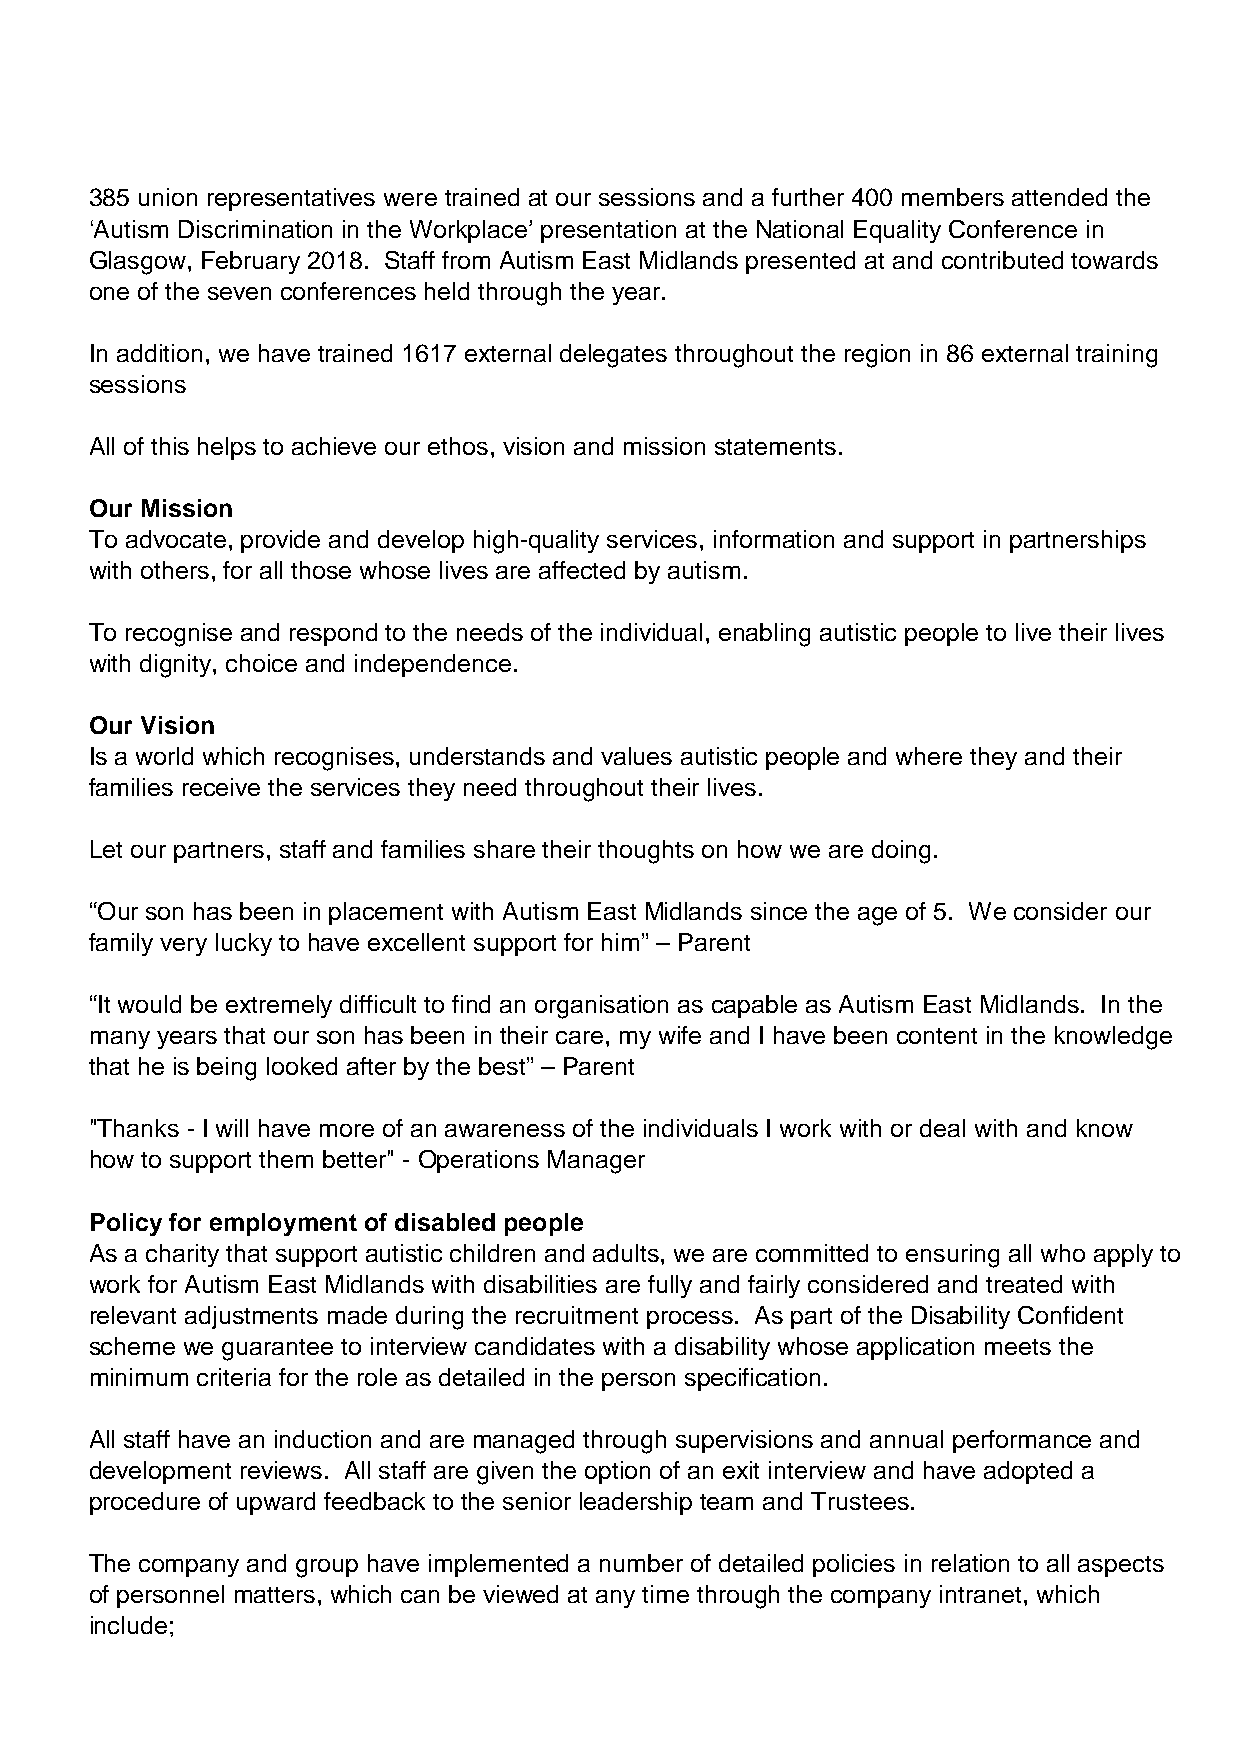
385 union representatives were trained at our sessions and a further 400 members attended the
 ‘Autism Discrimination in the Workplace’ presentation at the National Equality Conference in
 Glasgow, February 2018. Staff from Autism East Midlands presented at and contributed towards
 one of the seven conferences held through the year.
 In addition, we have trained 1617 external delegates throughout the region in 86 external training
 sessions
 All of this helps to achieve our ethos, vision and mission statements.
 Our Mission
 To advocate, provide and develop high-quality services, information and support in partnerships
 with others, for all those whose lives are affected by autism.
 To recognise and respond to the needs of the individual, enabling autistic people to live their lives
 with dignity, choice and independence.
 Our Vision
 Is a world which recognises, understands and values autistic people and where they and their
 families receive the services they need throughout their lives.
 Let our partners, staff and families share their thoughts on how we are doing.
 “Our son has been in placement with Autism East Midlands since the age of 5. We consider our
 family very lucky to have excellent support for him” – Parent
 “It would be extremely difficult to find an organisation as capable as Autism East Midlands. In the
 many years that our son has been in their care, my wife and I have been content in the knowledge
 that he is being looked after by the best” – Parent
 "Thanks - I will have more of an awareness of the individuals I work with or deal with and know
 how to support them better" - Operations Manager
 Policy for employment of disabled people
 As a charity that support autistic children and adults, we are committed to ensuring all who apply to
 work for Autism East Midlands with disabilities are fully and fairly considered and treated with
 relevant adjustments made during the recruitment process. As part of the Disability Confident
 scheme we guarantee to interview candidates with a disability whose application meets the
 minimum criteria for the role as detailed in the person specification.
 All staff have an induction and are managed through supervisions and annual performance and
 development reviews. All staff are given the option of an exit interview and have adopted a
 procedure of upward feedback to the senior leadership team and Trustees.
 The company and group have implemented a number of detailed policies in relation to all aspects
 of personnel matters, which can be viewed at any time through the company intranet, which
 include;